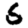
Digit: 5